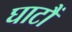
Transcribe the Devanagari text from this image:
घाटौं